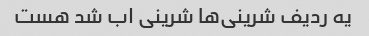
یه ردیف شرینی‌ها شرینی اب شد هست